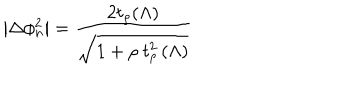
\left| \Delta \phi _ { n } ^ { 2 } \right| = \frac { 2 t _ { \rho } ( \Lambda ) } { \sqrt { 1 + \rho \ t _ { \rho } ^ { 2 } \left( \Lambda \right) } }